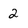
Character: 2